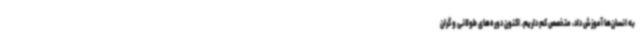
به انسان‌ها آموزش داد، متخصص کم داریم. اکنون دوره‌های طولانی و گران